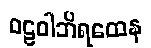
ဝဠဝါဘိရထေန